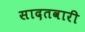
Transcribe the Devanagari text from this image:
सादतवारी